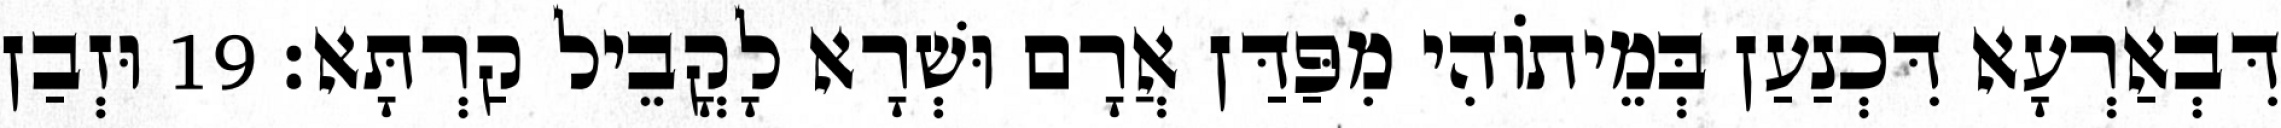
דִּבְאַרְעָא דִּכְנַעַן בְּמֵיתוֹהִי מִפַּדַּן אֲרָם וּשְׁרָא לָקֳבֵיל קַרְתָּא׃ 19 וּזְבַן